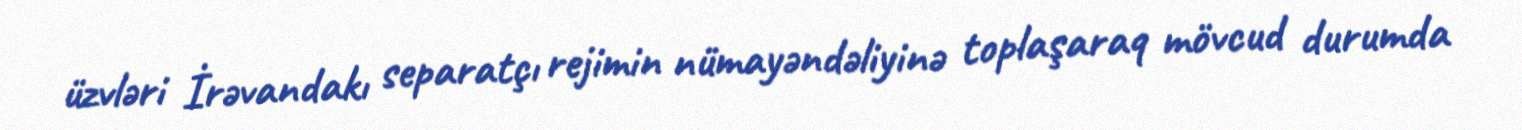
üzvləri İrəvandakı separatçı rejimin nümayəndəliyinə toplaşaraq mövcud durumda